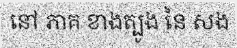
នៅ ភាគ ខាងត្បូង នៃ សង